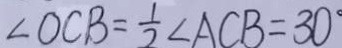
\angle O C B = \frac { 1 } { 2 } \angle A C B = 3 0 ^ { \circ }